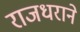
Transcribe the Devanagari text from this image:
राजधराने